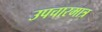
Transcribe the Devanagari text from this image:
उपचारमात्र